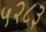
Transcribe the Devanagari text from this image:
५२८३